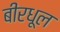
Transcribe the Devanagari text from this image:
बीरधूल